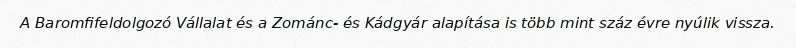
A Baromfifeldolgozó Vállalat és a Zománc- és Kádgyár alapítása is több mint száz évre nyúlik vissza.